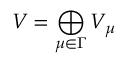
V = \bigoplus _ { \mu \in \Gamma } V _ { \mu }